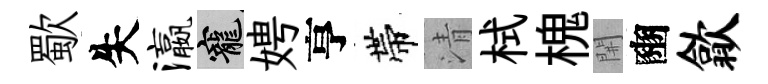
歜失瀛寵娉亨帶清栻槐𨳩豳歙